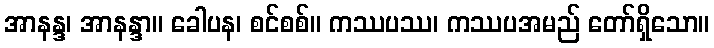
အာနန္ဒ၊ အာနန္ဒာ။ ခေါပန၊ စင်စစ်။ ကဿပဿ၊ ကဿပအမည် တော်ရှိသော။